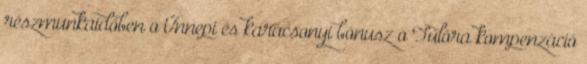
részmunkaidőben o Ünnepi és karácsonyi bónusz o Túlóra kompenzáció